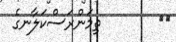
١٥        ތިމަންރަސްކަލާނގެ